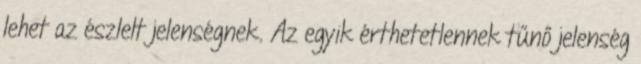
lehet az észlelt jelenségnek. Az egyik érthetetlennek tűnő jelenség